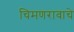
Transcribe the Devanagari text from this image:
चिमणरावाचे